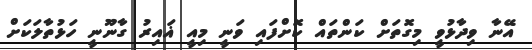
އޭނާ ވިދާޅުވީ މިގޮތަށް ކަންތައް ކޮށްފައި ވަނީ މިއީ ޣައިރު ގާނޫނީ ހަޅުތާލަކަށް